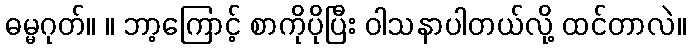
ဓမ္မဂုတ်။ ။ ဘာ့ကြောင့် စာကိုပိုပြီး ဝါသနာပါတယ်လို့ ထင်တာလဲ။